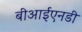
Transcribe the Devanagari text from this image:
बीआईएनडी